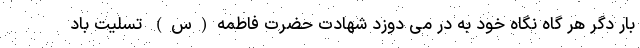
بار دگر هر گاه نگاه خود به در می دوزد شهادت حضرت فاطمه(س) تسلیت باد